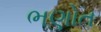
ભણોત